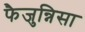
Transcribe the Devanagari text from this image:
फैजुन्निसा